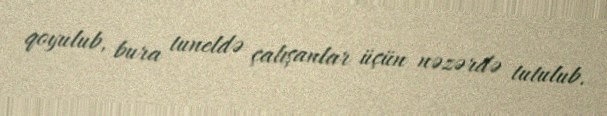
qoyulub, bura tuneldə çalışanlar üçün nəzərdə tutulub.